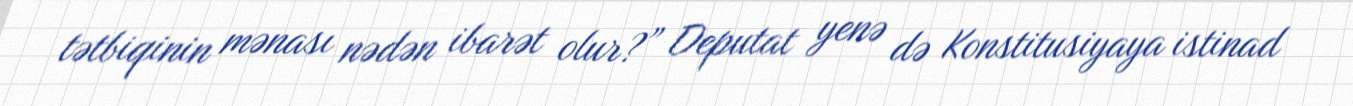
tətbiqinin mənası nədən ibarət olur?” Deputat yenə də Konstitusiyaya istinad